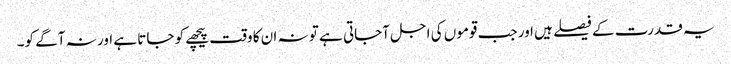
یہ قدرت کے فیصلے ہیں اور جب قوموں کی اجل آجاتی ہے تو نہ ان کا وقت پیچھے کو جاتا ہے اور نہ آگے کو۔